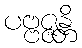
ပဗ္ဗဇ္ဇန္တိ